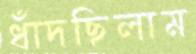
ধাঁদছিলাম